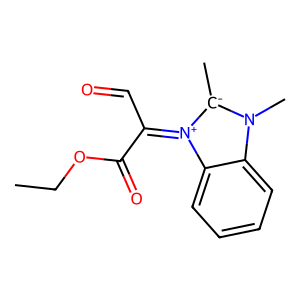
SMILES: CCOC(=O)C(C=O)=[N+]1c2ccccc2N(C)[C-]1C
Inhibits HIV replication: No